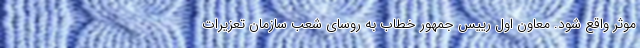
موثر واقع شود. معاون اول رییس جمهور خطاب به روسای شعب سازمان تعزیرات